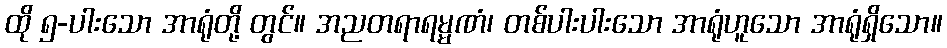
ထို ၅-ပါးသော အာရုံတို့ တွင်။ အညတရာရမ္မဏံ၊ တစ်ပါးပါးသော အာရုံဟူသော အာရုံရှိသော။